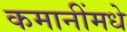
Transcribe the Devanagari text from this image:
कमानींमधे